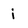
Character: i